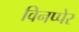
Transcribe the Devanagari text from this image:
विनप्पेर